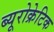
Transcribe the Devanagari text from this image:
ब्यूरोक्रेटिक